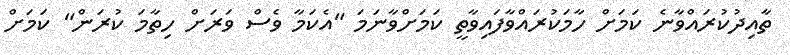
ތާއިދުކުރައްވާނެ ކަމަށް ހާމަކުރައްވާފައިވާތީ ކަމަށްވާނަމަ "އެކަމާ ވެސް ވަރަށް ހިތާމަ ކުރަން" ކަމަށް